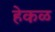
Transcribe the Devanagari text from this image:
हेकळ